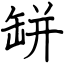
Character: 缾